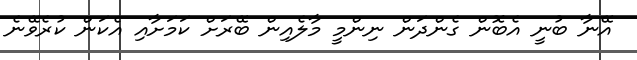
އޭނާ ބުނީ އެބޮން ގެންދަން ނިންމީ މާލެއިން ބޭރަށް ކަމަށާއި އެކަން ކުރެވޭނެ